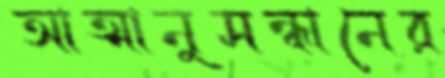
আত্মানুসন্ধানের